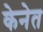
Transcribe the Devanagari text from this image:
केनेत